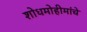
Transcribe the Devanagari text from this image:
शोधमोहीमांचे